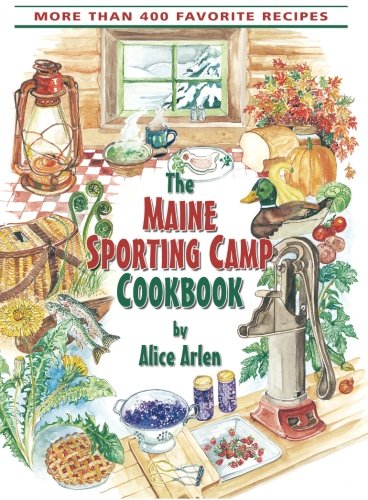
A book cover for The Maine Sporting Camp Cookbook: More Than 400 Favorite Recipes; Alice Arlen; Cookbooks, Food & Wine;